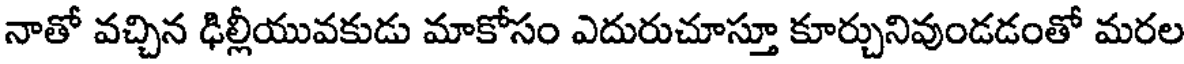
నాతో వచ్చిన ఢిల్లీయువకుడు మాకోసం ఎదురుచూస్తూ కూర్చునివుండడంతో మరల